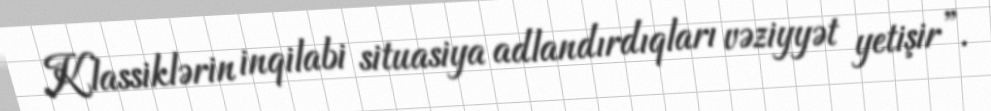
Klassiklərin inqilabi situasiya adlandırdıqları vəziyyət yetişir”.